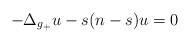
LaTeX: \begin{align*}-\Delta_{g_+}u - s(n-s)u = 0 \qquad\end{align*}